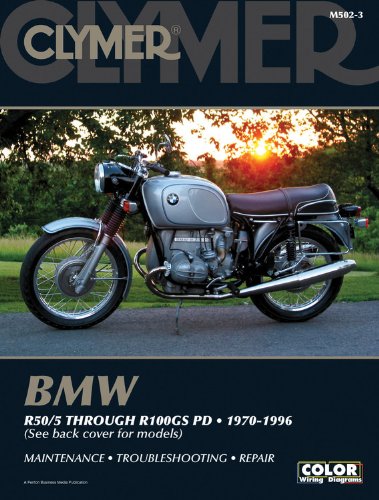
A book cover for BMW R50/5 through R100GS PD 1970-1996 (Clymer Motorcycle Repair); Penton Staff; Engineering & Transportation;